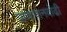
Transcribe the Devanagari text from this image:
प्राणापानवोढी